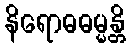
နိရောဓဓမ္မန္တိ